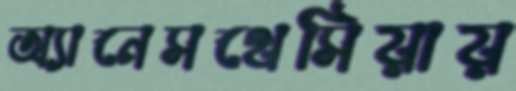
অ্যানেসথেসিয়ায়